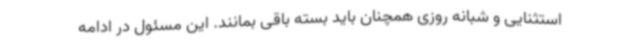
استثنایی و شبانه روزی همچنان باید بسته باقی بمانند. این مسئول در ادامه